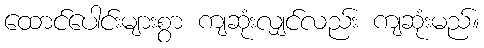
ထောင်ပေါင်းများစွာ ကျဆုံးလျှင်လည်း ကျဆုံးမည်။